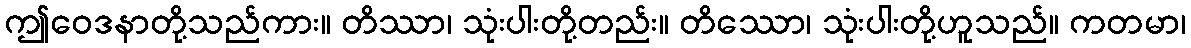
ဤဝေဒနာတို့သည်ကား။ တိဿာ၊ သုံးပါးတို့တည်း။ တိဿော၊ သုံးပါးတို့ဟူသည်။ ကတမာ၊